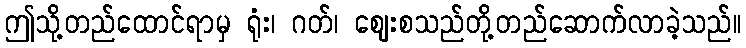
ဤသို့တည်ထောင်ရာမှ ရုံး၊ ဂတ်၊ ဈေးစသည်တို့တည်ဆောက်လာခဲ့သည်။